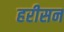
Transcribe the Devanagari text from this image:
हरीसन